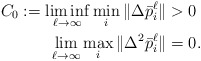
\begin{align*}C_0 := \liminf_{\ell \to \infty} \min_{i} \|\Delta\bar p^\ell_i\| &> 0 \\\lim_{\ell \to \infty} \max_{i} \|\Delta^2\bar p^\ell_i\| &= 0.\end{align*}